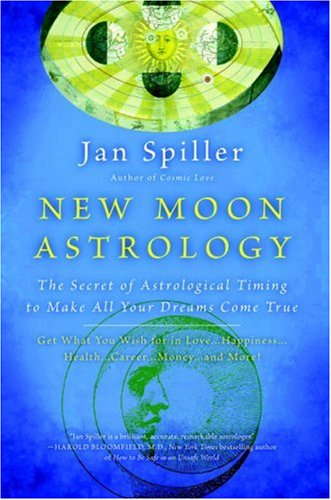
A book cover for New Moon Astrology: The Secret of Astrological Timing to Make All Your Dreams Come True; Jan Spiller; Religion & Spirituality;